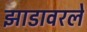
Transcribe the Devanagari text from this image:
झाडावरले